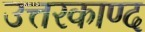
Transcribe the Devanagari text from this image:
उत्तरकाण्द